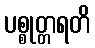
ပစ္စုတ္တရတိ